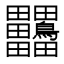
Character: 𪉀